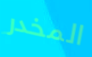
المخدر